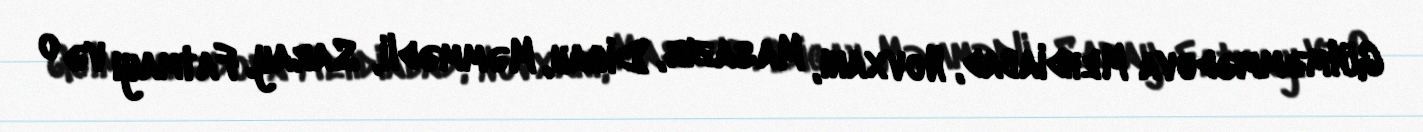
Gülməmmədova Mehdiabad, Novxanı, Masazır, Digah, Məmmədli, Saray, Fatmayı və o